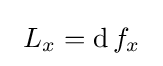
\ L_{x}=\operatorname {d} f_{x}\